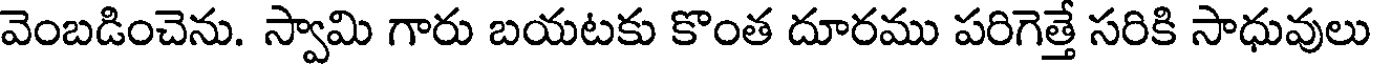
వెంబడించెను. స్వామి గారు బయటకు కొంత దూరము పరిగెత్తే సరికి సాధువులు